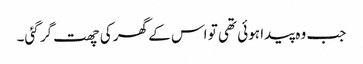
جب وہ پیدا ہوئی تھی تو اس کے گھر کی چھت گر گئی۔